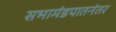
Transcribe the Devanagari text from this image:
सभामंडपातनंतर